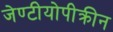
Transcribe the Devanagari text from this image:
जेण्टीयोपीक्रीन